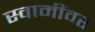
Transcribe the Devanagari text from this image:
स्वामींवर